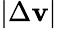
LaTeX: |\Delta\mathbf{v}|